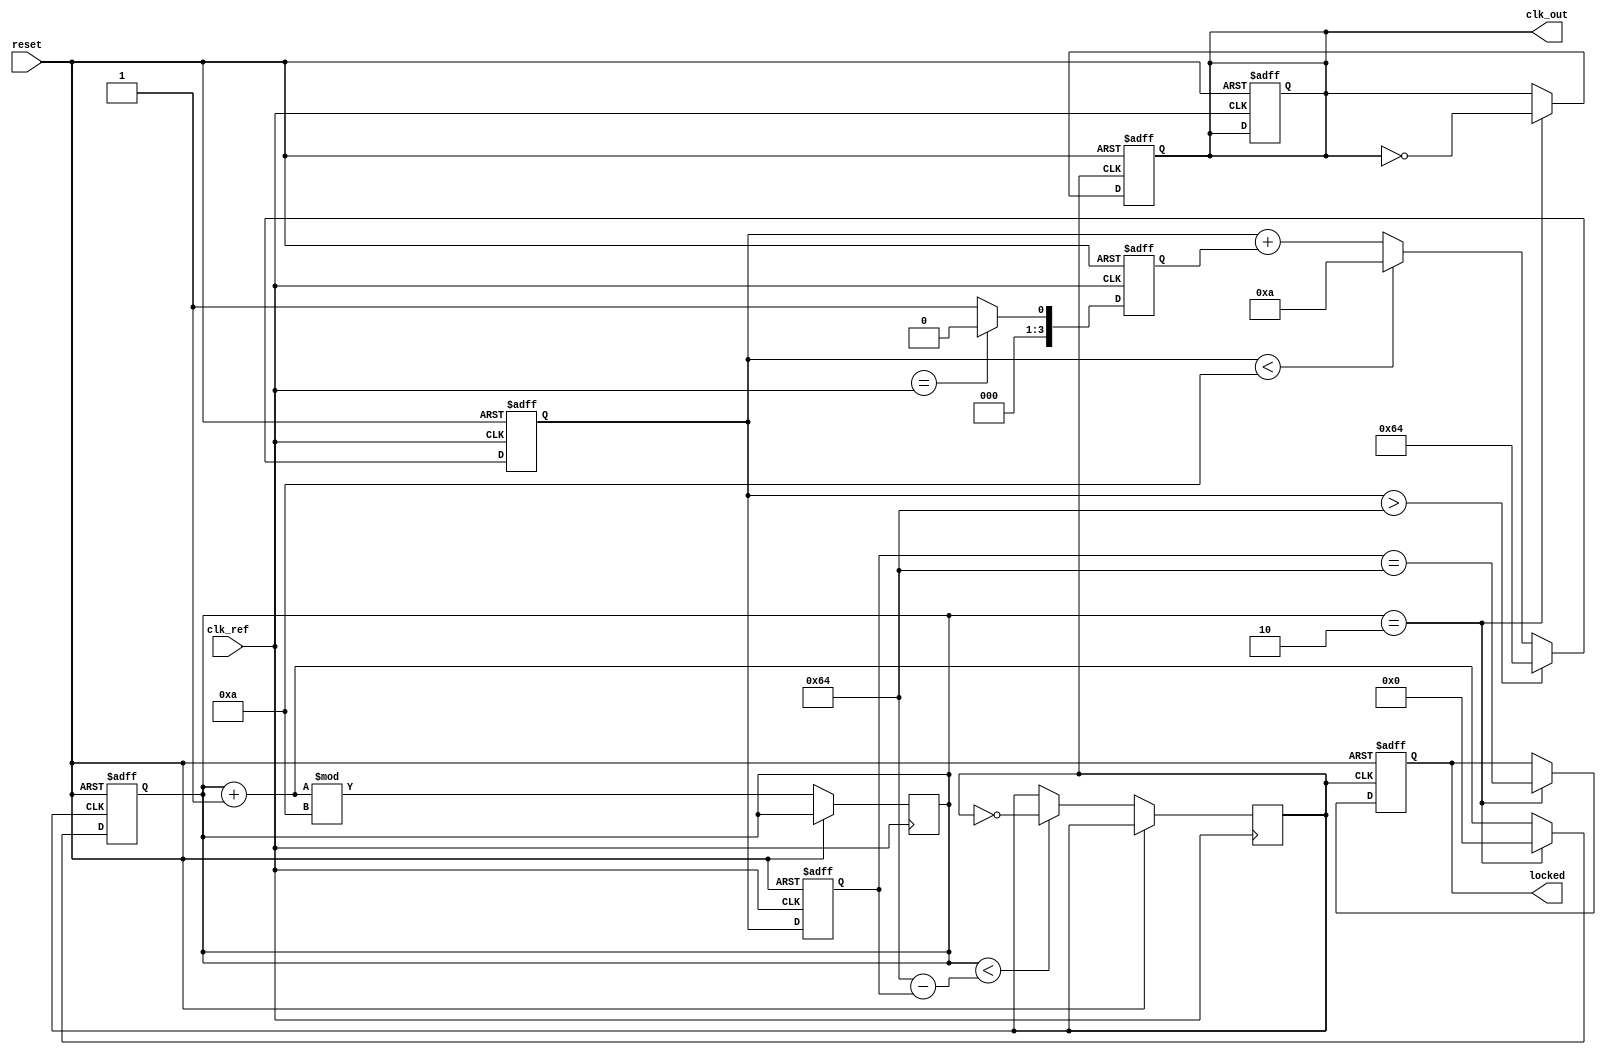
module pll(
    input wire clk_ref,               // Reference clock input
    input wire reset,                 // Asynchronous reset
    output reg clk_out,               // Output clock
    output reg locked                 // Lock indication
);
    // Parameter definitions
    parameter DIV_FACTOR = 2;         // Feedback divider factor
    parameter VCO_MAX_FREQ = 100;     // Max VCO frequency (arbitrary unit)
    parameter VCO_MIN_FREQ = 10;      // Min VCO frequency (arbitrary unit)

    // Internal signals
    reg [3:0] phase_err;              // Phase error signal from PD
    reg [31:0] vco_ctrl;               // Control voltage to VCO
    reg [31:0] vco_freq;               // Current frequency of VCO
    reg [31:0] lpf_out;                // Output of Low Pass Filter
    reg vco_clk;                      // VCO clock output
    reg vco_div_clk;                  // Divided output clock
    reg [31:0] counter;               // Frequency divider counter

    // Phase Detector (PD)
    always @(posedge clk_ref or posedge reset) begin
        if (reset) begin
            phase_err <= 0;
        end else begin
            // Implement a simple phase detector logic
            // for simplicity, we assume this logic is done properly
            // in a real scenario, a more complex PD is needed
            phase_err <= (vco_div_clk == clk_ref) ? 0 : 1; // Simple edge comparison
        end
    end

    // Low Pass Filter (LPF)
    always @(posedge clk_ref or posedge reset) begin
        if (reset) begin
            lpf_out <= 0;
        end else begin
            lpf_out <= lpf_out + phase_err; // Simple integration
            // Limit control voltage
            if (lpf_out > VCO_MAX_FREQ) lpf_out <= VCO_MAX_FREQ;
            else if (lpf_out < VCO_MIN_FREQ) lpf_out <= VCO_MIN_FREQ;
        end
    end

    // Voltage-Controlled Oscillator (VCO)
    always @(posedge clk_ref or posedge reset) begin
        if (reset) begin
            vco_freq <= VCO_MIN_FREQ; // Start at minimum frequency
            clk_out <= 0; // Initially low
        end else begin
            // Adjust VCO frequency based on LPF output
            vco_freq <= lpf_out;
            // Generate VCO clock based on current frequency
            vco_clk <= (counter < (VCO_MAX_FREQ - vco_freq)) ? ~vco_clk : vco_clk;
            counter <= (counter + 1) % 10; // Adjust as per frequency
        end
    end

    // Feedback Divider
    always @(posedge vco_clk or posedge reset) begin
        if (reset) begin
            clk_out <= 0;
            locked <= 0;
            counter <= 0;
        end else begin
            if (counter == DIV_FACTOR) begin
                clk_out <= ~clk_out; // Toggle output clock
                counter <= 0; // Reset counter
                // Check for lock indication
                locked <= (vco_freq == VCO_MAX_FREQ); // Simple lock condition
            end else begin
                counter <= counter + 1;
            end
        end
    end

endmodule